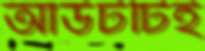
আউটটিই